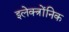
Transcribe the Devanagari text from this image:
इलेक्त्रोंनिक